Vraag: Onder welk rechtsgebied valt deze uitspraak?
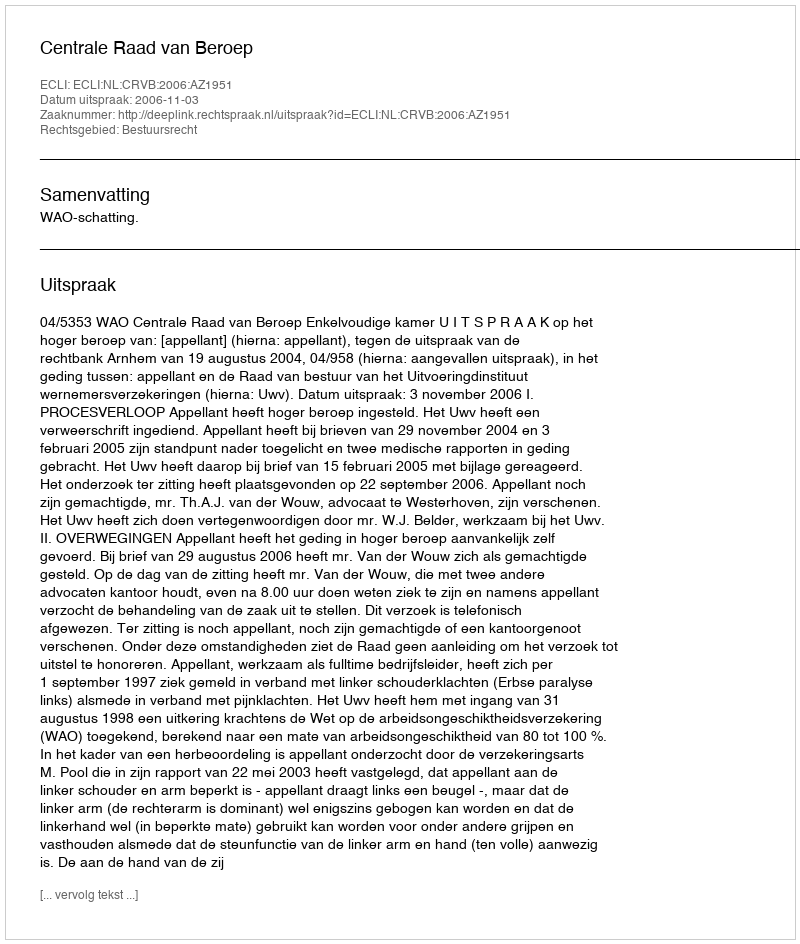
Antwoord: Bestuursrecht